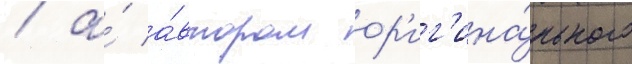
/ а́ а́втором ор'иг'ина́льного